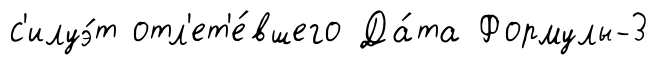
с'илуэ́т отл'ет'е́вшего Да́та Формулы-3